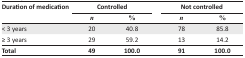
<table><thead><tr><td rowspan="3"><b>Duration of medication</b></td><td colspan="2"><b>Controlled</b></td><td colspan="2"><b>Not controlled</b></td></tr><tr><td><b><i>n</i></b></td><td><b>%</b></td><td><b><i>n</i></b></td><td><b>%</b></td></tr></thead><tbody><tr><td>&lt; 3 years</td><td>20</td><td>40.8</td><td>78</td><td>85.8</td></tr><tr><td>≥ 3 years</td><td>29</td><td>59.2</td><td>13</td><td>14.2</td></tr><tr><td><b>Total</b></td><td><b>49</b></td><td><b>100.0</b></td><td><b>91</b></td><td><b>100.0</b></td></tr></tbody></table>